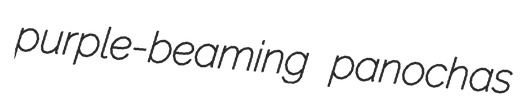
purple-beaming panochas